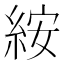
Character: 𥿽